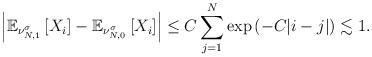
LaTeX: \begin{align*} \left| \mathbb{E}_{\nu_{N, 1} ^{\sigma}} \left[ X_i \right] - \mathbb{E}_{\nu_{N, 0}^{\sigma}} \left[ X_i \right] \right| \leq C \sum_{j=1}^{N} \exp \left( -C |i-j|\right) \lesssim 1.\end{align*}